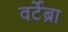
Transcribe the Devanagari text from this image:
वर्टेब्रा